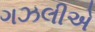
ગઝલીએ